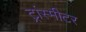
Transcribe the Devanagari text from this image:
ट्रांस्मीटर